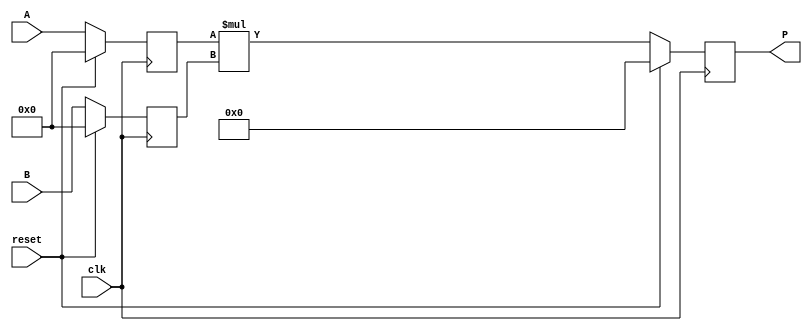
module dsp_mul_parameterized #(parameter A_WIDTH = 64, B_WIDTH = 64) (clk, reset, A, B, P);
	input clk, reset;
	input signed [A_WIDTH-1:0] A;
	input signed [B_WIDTH-1:0] B;
	output reg signed [A_WIDTH + B_WIDTH-1 :0] P;
	reg signed [A_WIDTH-1:0] i1;
	reg signed [B_WIDTH-1:0] i2;
	reg signed [A_WIDTH + B_WIDTH-1:0] mul;
	always @(posedge clk) begin
		if(reset == 1) begin
			i1 <= 0;
			i2 <= 0;
		end
		else begin
			i1 <= A;
			i2 <= B;
		end
	end
	always @(posedge clk) begin
		if (reset ==1 )
			P <= 0;
		else
			P <= mul;
	end

	always @ (*)  begin
		mul  = i1 * i2;
	end
endmodule